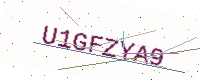
Text: U1GFZYA9